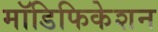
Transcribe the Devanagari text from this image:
मॉडिफिकेशन